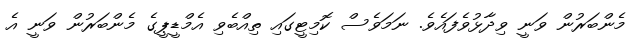
މެންބަރުން ވަނީ ވިދާޅުވެފައެވެ. ނަމަވެސް ކޮމިޓީގައި ތިއްބެވި އެމްޑީޕީގެ މެންބަރުން ވަނީ އެ